Specificity of antivenomous sera, with special reference to a serum prepared with the venom of Daboia russellii - Number 16
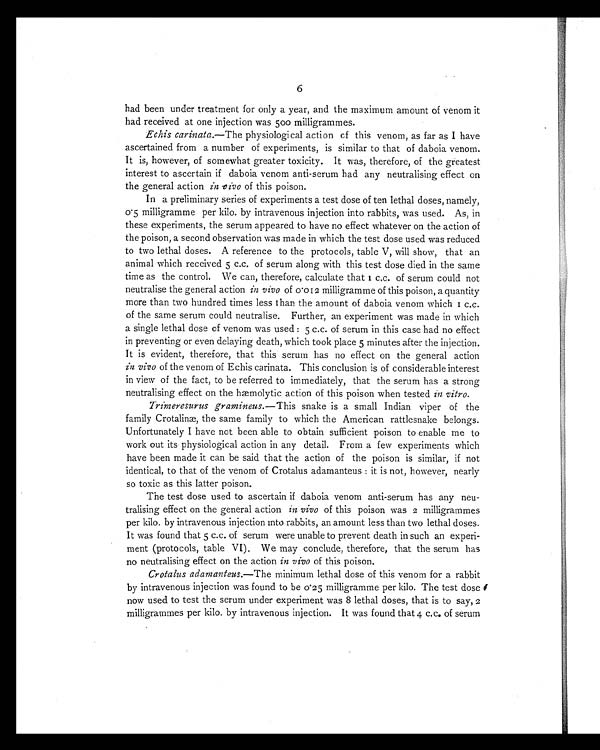
6
had been under treatment for only a year, and the maximum amount of venom it
had received at one injection was 500 milligrammes.
Echis carinata .—The physiological action of this venom, as far as I have
ascertained from a number of experiments, is similar to that of daboia venom.
It is, however, of somewhat greater toxicity. It was, therefore, of the greatest
interest to ascertain if daboia venom anti-serum had any neutralising effect on
the general action in vivo of this poison.
In a preliminary series of experiments a test dose of ten lethal doses, namely,
0.5 milligramme per kilo. by intravenous injection into rabbits, was used. As, in
these experiments, the serum appeared to have no effect whatever on the action of
the poison, a second observation was made in which the test dose used was reduced
to two lethal doses. A reference to the protocols, table V, will show, that an
animal which received 5 c.c. of serum along with this test dose died in the same
time as the control. We can, therefore, calculate that 1 c.c. of serum could not
neutralise the general action in vivo of 0.012 milligramme of this poison, a quantity
more than two hundred times less than the amount of daboia venom which 1 c.c.
of the same serum could neutralise. Further, an experiment was made in which
a single lethal dose of venom was used : 5 c.c. of serum in this case had no effect
in preventing or even delaying death, which took place 5 minutes after the injection.
It is evident, therefore, that this serum has no effect on the general action
in vivo of the venom of Echis carinata. This conclusion is of considerable interest
in view of the fact, to be referred to immediately, that the serum has a strong
neutralising effect on the hæmolytic action of this poison when tested in vitro .
Trimeresurus gramineus. —This snake is a small Indian viper of the
family Crotalinæ, the same family to which the American rattlesnake belongs.
Unfortunately I have not been able to obtain sufficient poison to enable me to
work out its physiological action in any detail. From a few experiments which
have been made it can be said that the action of the poison is similar, if not
identical, to that of the venom of Crotalus adamanteus : it is not, however, nearly
so toxic as this latter poison.
The test dose used to ascertain if daboia venom anti-serum has any neu-
tralising effect on the general action in vivo of this poison was 2 milligrammes
per kilo. by intravenous injection into rabbits, an amount less than two lethal doses.
It was found that 5 c.c. of serum were unable to prevent death in such an experi-
ment (protocols, table VI), We may conclude, therefore, that the serum has
no neutralising effect on the action in vivo of this poison.
Crotalus adamanteus. —The minimum lethal dose of this venom for a rabbit
by intravenous injection was found to be 0.25 milligramme per kilo. The test dose
now used to test the serum under experiment was 8 lethal doses, that is to say, 2
milligrammes per kilo. by intravenous injection. It was found that 4 c.c. of serum